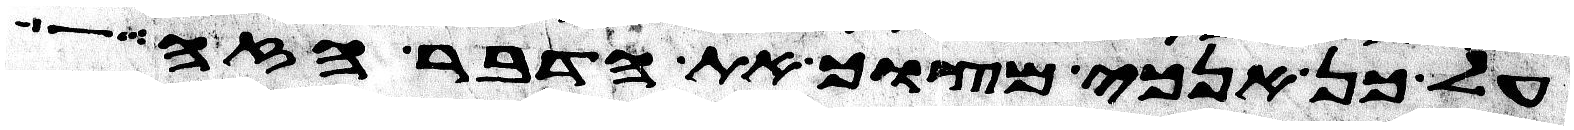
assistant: על כן אנכי מצוך את הדבר הזה